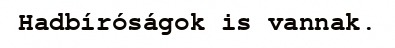
Hadbíróságok is vannak.